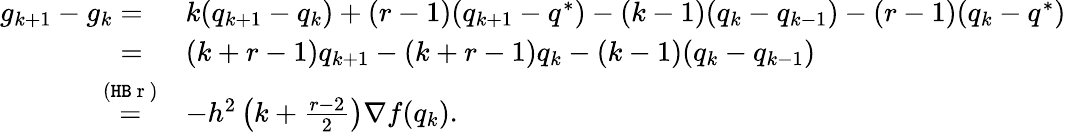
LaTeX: \begin{array}{rl}{g_{k+1}-g_{k}=\ }&{k(q_{k+1}-q_{k})+(r-1)(q_{k+1}-q^{*})-(k-1)(q_{k}-q_{k-1})-(r-1)(q_{k}-q^{*})}\\ {=\ }&{(k+r-1)q_{k+1}-(k+r-1)q_{k}-(k-1)(q_{k}-q_{k-1})}\\ {\overset{\mathrm{(\texttt{HB}~r~)}}{=}}&{-h^{2}\left(k+\frac{r-2}{2}\right)\nabla f(q_{k}).}\end{array}